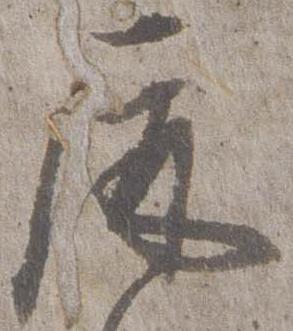
屏